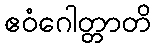
ဧဝံဂေါတ္တာတိ